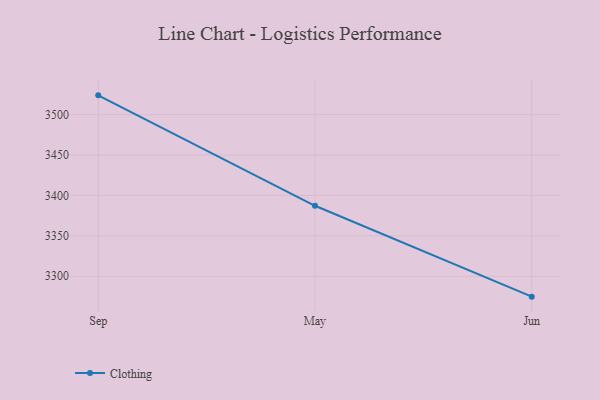
{"axis": {"x": "Month", "y": "Energy Usage (MWh)"}, "legend": ["Clothing"], "data": [{"x": "Sep", "y": 3523.9, "type": "Clothing"}, {"x": "May", "y": 3387.2, "type": "Clothing"}, {"x": "Jun", "y": 3274.7, "type": "Clothing"}]}